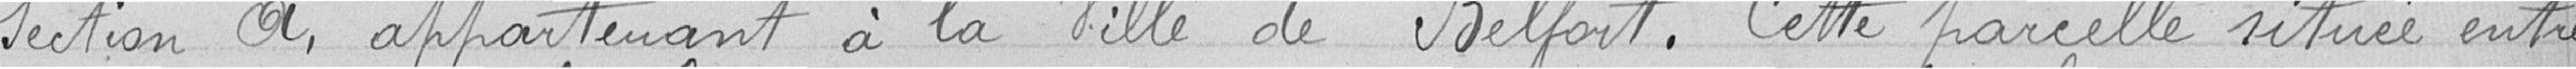
Section A; appartenant à la Ville de Belfort. Cette parcelle située entre